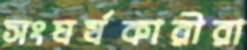
সংঘর্ষকারীরা